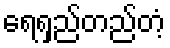
ရေရှည်တည်တံ့